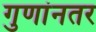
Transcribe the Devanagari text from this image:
गुणांनतर